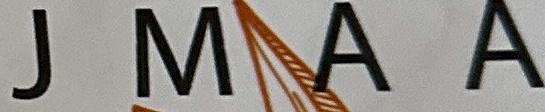
J M A A